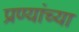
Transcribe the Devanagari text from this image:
प्रण्यांच्या